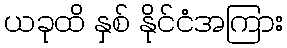
ယခုထိ နှစ် နိုင်ငံအကြား